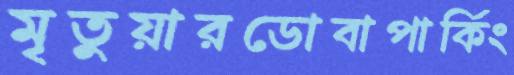
মৃতুয়ারডোবাপার্কিং